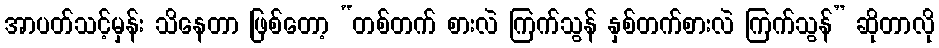
အာပတ်သင့်မှန်း သိနေတာ ဖြစ်တော့ “တစ်တက် စားလဲ ကြက်သွန် နှစ်တက်စားလဲ ကြက်သွန်” ဆိုတာလို